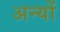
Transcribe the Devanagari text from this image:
अन्‍यों